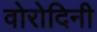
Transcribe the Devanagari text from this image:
वोरोदिनी